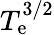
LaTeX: T_{\mathrm{e}}^{3/2}